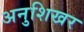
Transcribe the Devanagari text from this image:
अनुशिखर